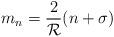
LaTeX: \begin{align*}m_n=\frac{2}{{\cal R}}(n+\sigma)\end{align*}